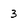
Character: 3